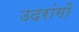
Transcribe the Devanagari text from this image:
उदरांगों